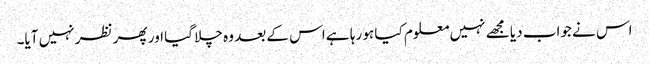
اس نے جواب دیا مجھے نہیں معلوم کیا ہو رہا ہے اس کے بعد وہ چلا گیا اور پھر نظر نہیں آیا۔